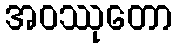
အဝဿုတော